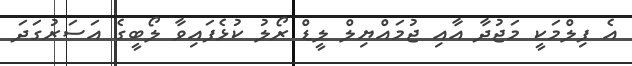
އެ ފިލްމަކީ މަޖުދާ އާއި ޖުމައްޔިލް ލީޑް ރޯލު ކުޅެފައިވާ ލޯބީގެ އަސަރުގަދަ